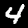
Digit: 4